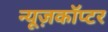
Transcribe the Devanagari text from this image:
न्यूज़कॉप्टर